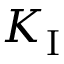
K _ { \mathrm { I } }